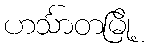
ဟင်္သာတမြို့